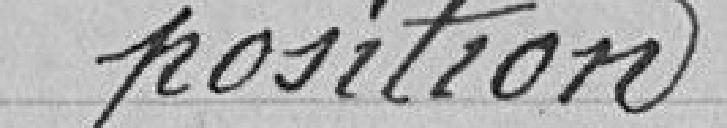
position